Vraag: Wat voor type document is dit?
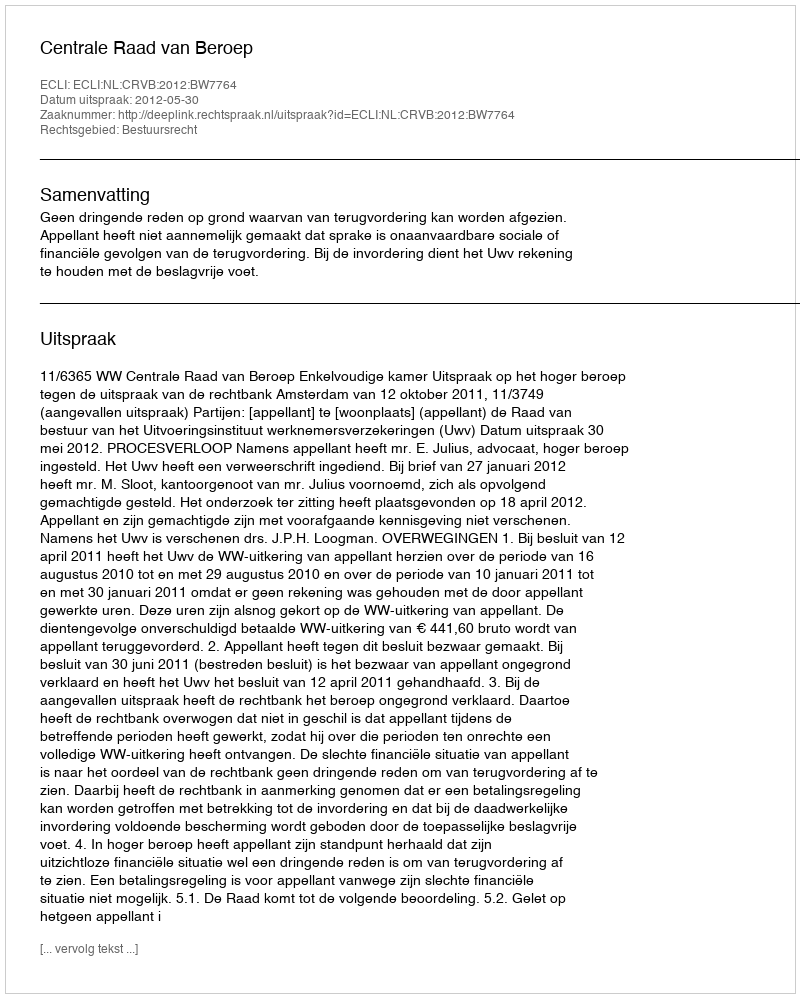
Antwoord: Uitspraak